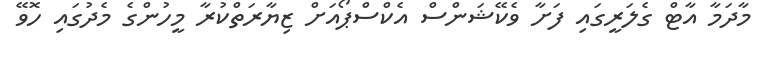
މާދަމާ އާޓް ގެލަރީގައި ފަށާ ވެކޭޝަންސް އެކްސްޕޯއަށް ޒިޔާރަތްކުރާ މީހުންގެ މެދުގައި ހޮވޭ